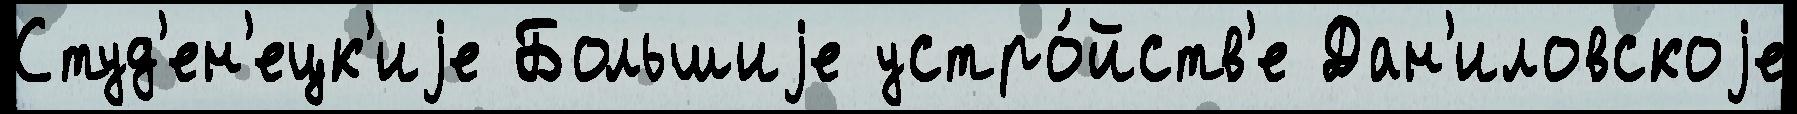
Студ'ен'ецк'иjе Большиjе устро́йств'е Дан'иловскоjе